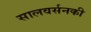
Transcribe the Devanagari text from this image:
सालवर्सनकी